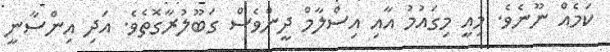
ކަމެއް ނޫނެވެ. މިއީ މިގައުމު އާއި އިސްލާމް ދީންވެސް ގަބޫލުރާގޮތެވެ. އަދި އިންސާނީ